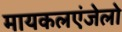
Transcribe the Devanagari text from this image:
मायकलएंजेलो